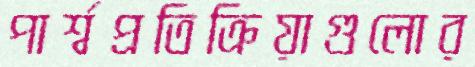
পার্শ্বপ্রতিক্রিয়াগুলোর